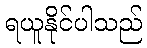
ရယူနိုင်ပါသည်